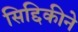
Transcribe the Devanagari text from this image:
सिद्दिकीने